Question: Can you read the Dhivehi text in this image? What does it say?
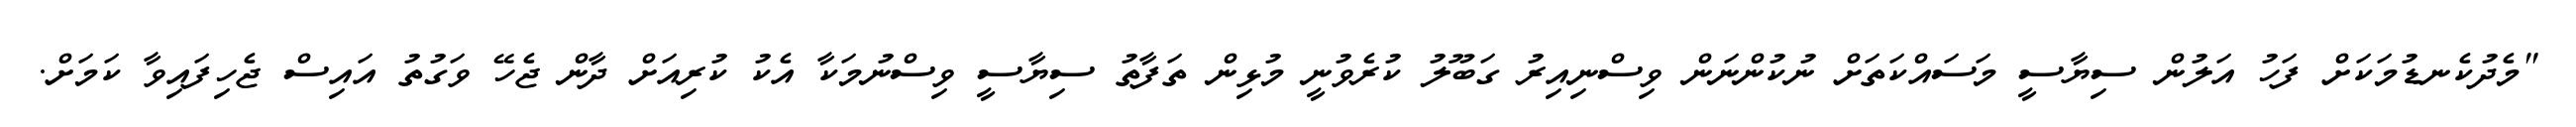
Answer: "މެދުކެނޑުމަކަށް ފަހު އަލުން ސިޔާސީ މަސައްކަތަށް ނުކުންނަން ވިސްނިއިރު ގަބޫލު ކުރެވުނީ މުޅިން ތަފާތު ސިޔާސީ ވިސްނުމަކާ އެކު ކުރިއަށް ދާން ޖެހޭ ވަގުތު އައިސް ޖެހިފައިވާ ކަމަށް.